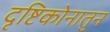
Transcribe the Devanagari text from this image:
दृष्टिकोनातुन